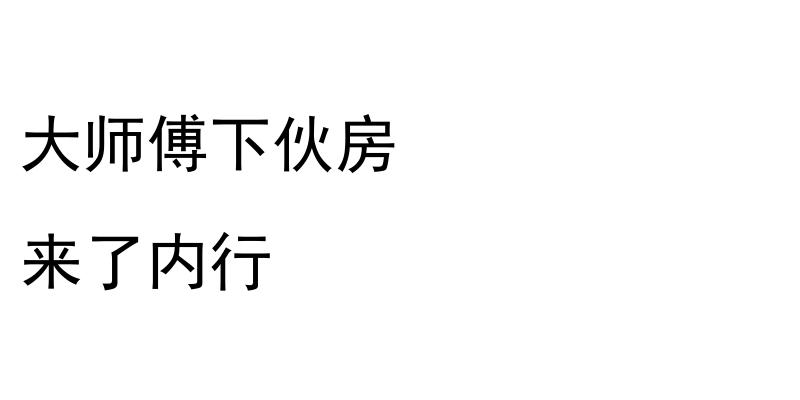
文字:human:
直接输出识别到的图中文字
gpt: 大师傅下伙房 来了内行